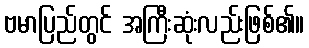
ဗမာပြည်တွင် အကြီးဆုံးလည်းဖြစ်၏။